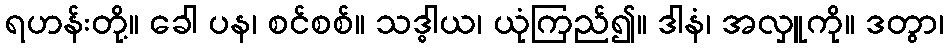
ရဟန်းတို့။ ခေါ ပန၊ စင်စစ်။ သဒ္ဓါယ၊ ယုံကြည်၍။ ဒါနံ၊ အလှူကို။ ဒတွာ၊